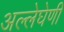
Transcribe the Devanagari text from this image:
अल्लेघेणी